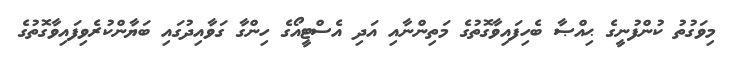
މިވަގުތު ކުންފުނީގެ ޙިއްޞާ ބެހިފައިވާގޮތުގެ މަތިންނާއި އަދި އެސްޓީއޯގެ ހިންގާ ގަވާއިދުގައި ބަޔާންކުރެވިފައިވާގޮތުގެ